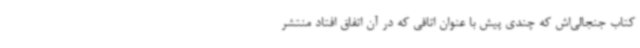
کتاب جنجالی‌اش که چندی پیش با عنوان اتاقی که در آن اتفاق افتاد منتشر